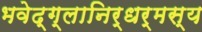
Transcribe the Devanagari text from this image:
भवेद्‌ग्लानिर्धर्मस्य